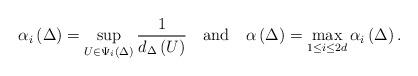
LaTeX: \begin{align*}\alpha_{i}\left(\Delta\right)=\sup_{U\in\Psi_{i}\left(\Delta\right)}\frac{1}{d_{\Delta}\left(U\right)}\quad\textrm{and}\quad\alpha\left(\Delta\right)=\max_{1\leq i\leq2d}\alpha_{i}\left(\Delta\right).\end{align*}